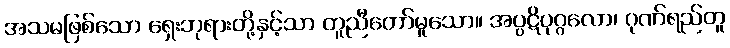
အသမဖြစ်သော ရှေးဘုရားတို့နှင့်သာ တူညီတော်မူသော။ အပ္ပဋိပုဂ္ဂလော၊ ဂုဏ်ရည်တူ